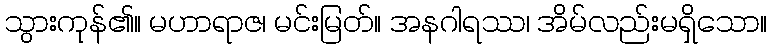
သွားကုန်၏။ မဟာရာဇ၊ မင်းမြတ်။ အနဂါရဿ၊ အိမ်လည်းမရှိသော။